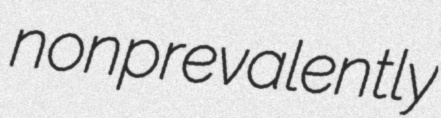
nonprevalently